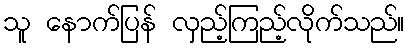
သူ နောက်ပြန် လှည့်ကြည့်လိုက်သည်။